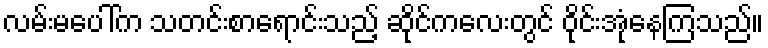
လမ်းမပေါ်က သတင်းစာရောင်းသည့် ဆိုင်ကလေးတွင် ဝိုင်းအုံနေကြသည်။